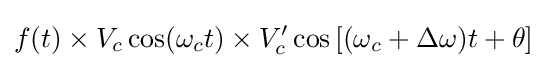
f(t)\times V_{c}\cos(\omega _{c}t)\times V'_{c}\cos \left[(\omega _{c}+\Delta \omega )t+\theta \right]